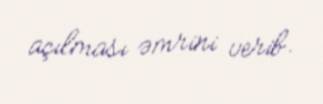
açılması əmrini verib.